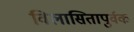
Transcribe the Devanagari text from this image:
विलासितापुर्वक